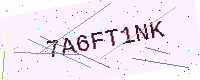
Text: 7A6FT1NK